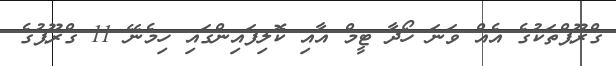
ގްރޫޕްތަކުގެ އެއް ވަނަ ހޯދާ ޓީމް އާއި ކޮލިފައިންގައި ހިމެނޭ 11 ގްރޫޕުގެ